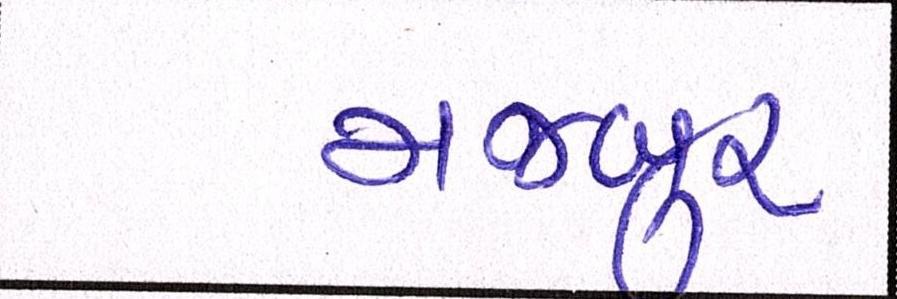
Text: મજબુર